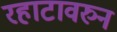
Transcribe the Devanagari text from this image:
रहाटावरुन